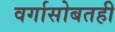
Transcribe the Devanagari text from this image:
वर्गासोबतही